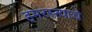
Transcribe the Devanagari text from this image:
हमरस्त्याचे